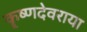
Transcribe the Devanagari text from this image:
कॄष्णदेवराया